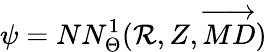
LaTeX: \psi=NN_{\Theta}^{1}(\mathcal{R},Z,\overrightarrow{{MD}})